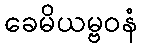
ခေမိယမ္ဗဝနံ